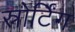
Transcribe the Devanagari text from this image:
स्नोर्टिंग